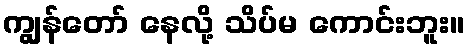
ကျွန်တော် နေလို့ သိပ်မ ကောင်းဘူး။